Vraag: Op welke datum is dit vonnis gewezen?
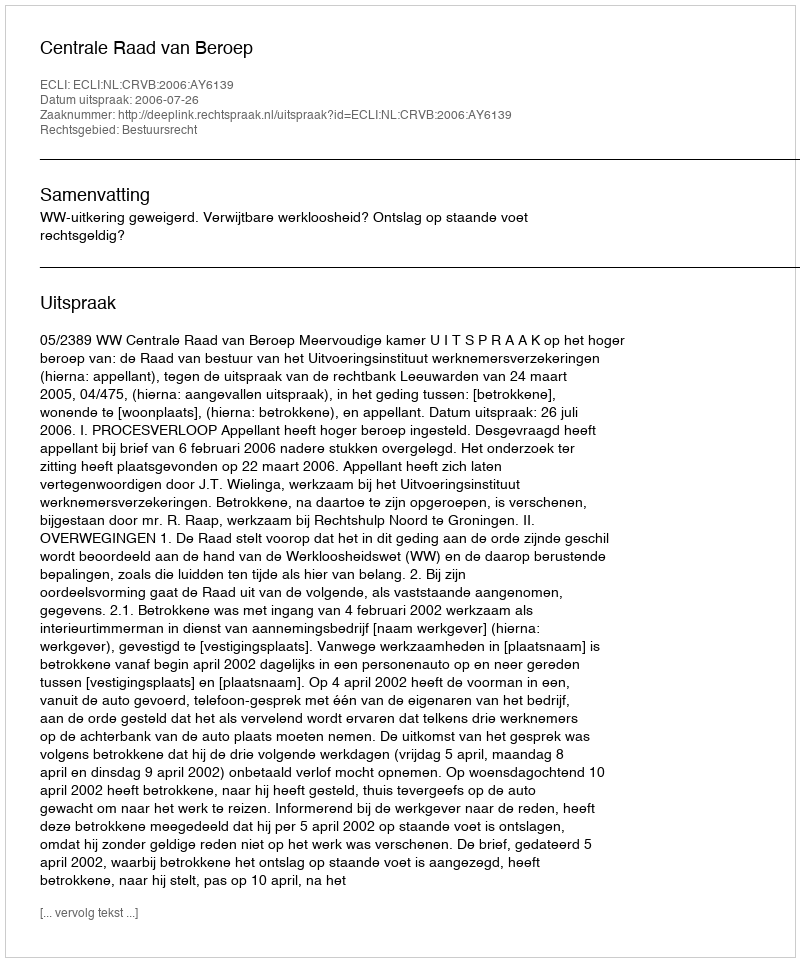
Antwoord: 2006-07-26